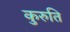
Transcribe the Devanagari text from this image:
कुरुति